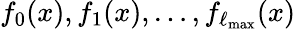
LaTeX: f_{0}(x),f_{1}(x),\dots,f_{\ell_{\mathrm{max}}}(x)